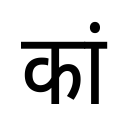
OCR:
कां